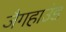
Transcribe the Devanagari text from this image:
जैगहाउंड